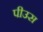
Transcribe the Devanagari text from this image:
पीउस